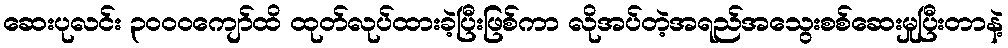
ဆေးပုလင်း ၃၀၀၀ကျော်ထိ ထုတ်လုပ်ထားခဲ့ပြီးဖြစ်ကာ လိုအပ်တဲ့အရည်အသွေးစစ်ဆေးမှုပြီးတာနဲ့